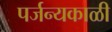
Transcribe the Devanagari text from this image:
पर्जन्यकाळी